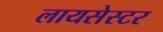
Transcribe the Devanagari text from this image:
लायसेस्टर